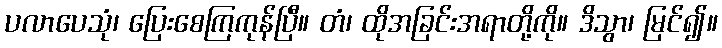
ပလာပေသုံ၊ ပြေးစေကြကုန်ပြီ။ တံ၊ ထိုအခြင်းအရာတို့ကို။ ဒိသွာ၊ မြင်၍။